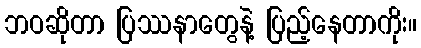
ဘဝဆိုတာ ပြဿနာတွေနဲ့ ပြည့်နေတာကိုး။